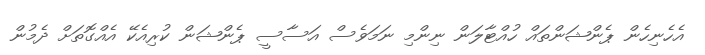
އެހެނިހެން ޕެންޝަންތައް ހުއްޓާލަން ނިންމި ނަމަވެސް އަސާސީ ޕެންޝަން ކުރިއެކޭ އެއްގޮތަށް ދެމުން